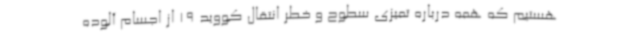
هستیم که همه درباره تمیزی سطوح و خطر انتقال کووید 19 از اجسام آلوده